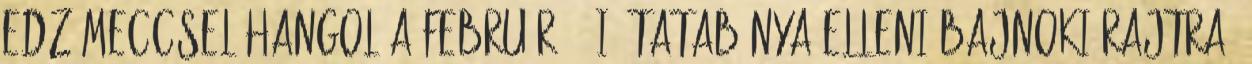
edzőmeccsel hangol a február 11-i, Tatabánya elleni bajnoki rajtra,